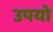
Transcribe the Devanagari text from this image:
उपयो